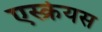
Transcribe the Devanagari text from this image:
एस्क्रेयस